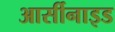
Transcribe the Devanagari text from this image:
आर्सीनाइड